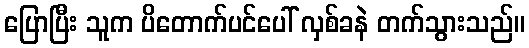
ပြောပြီး သူက ပိတောက်ပင်ပေါ် လှစ်ခနဲ တက်သွားသည်။